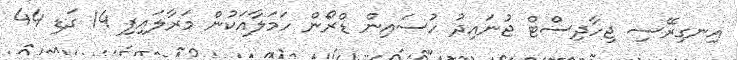
އިނގިރޭސި ޖިހާދިސްޓް ޖުނައިދު ހުސައިން ޑްރޯން ހަމަލާއަކުން މަރާލައިފި 14 ގަޑި 44